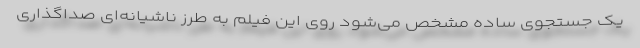
یک جستجوی ساده مشخص می‌شود روی این فیلم به طرز ناشیانه‌ای صداگذاری